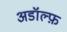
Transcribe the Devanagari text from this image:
अडॉल्फ़